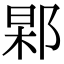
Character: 𨜍